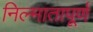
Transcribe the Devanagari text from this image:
निल्मातापूर्ण